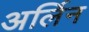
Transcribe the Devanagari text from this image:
अर्लिन